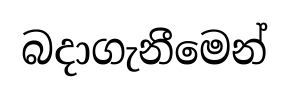
බදාගැනීමෙන්